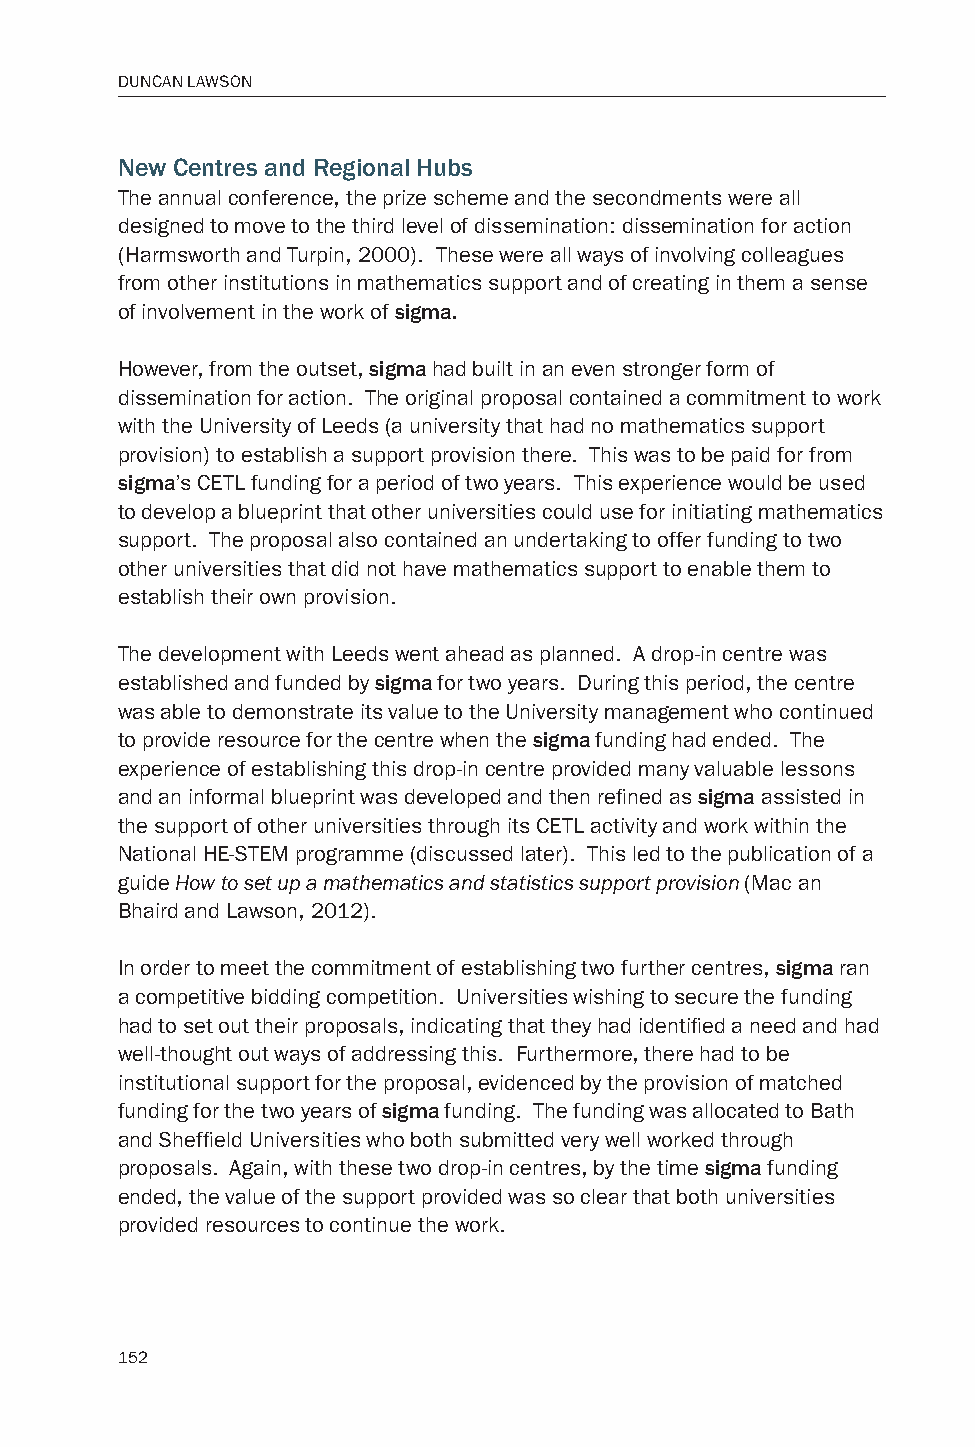
DUNCAN LAWSON
 New Centres and Regional Hubs
 The annual conference, the prize scheme and the secondments were all
 designed to move to the third level of dissemination: dissemination for action
 (Harmsworth and Turpin, 2000). These were all ways of involving colleagues
 from other institutions in mathematics support and of creating in them a sense
 of involvement in the work of sigma.
 However, from the outset, sigma had built in an even stronger form of
 dissemination for action. The original proposal contained a commitment to work
 with the University of Leeds (a university that had no mathematics support
 provision) to establish a support provision there. This was to be paid for from
 sigma’s CETL funding for a period of two years. This experience would be used
 to develop a blueprint that other universities could use for initiating mathematics
 support. The proposal also contained an undertaking to offer funding to two
 other universities that did not have mathematics support to enable them to
 establish their own provision.
 The development with Leeds went ahead as planned. A drop-in centre was
 established and funded by sigma for two years. During this period, the centre
 was able to demonstrate its value to the University management who continued
 to provide resource for the centre when the sigma funding had ended. The
 experience of establishing this drop-in centre provided many valuable lessons
 and an informal blueprint was developed and then refined as sigma assisted in
 the support of other universities through its CETL activity and work within the
 National HE-STEM programme (discussed later). This led to the publication of a
 guide How to set up a mathematics and statistics support provision (Mac an
 Bhaird and Lawson, 2012).
 In order to meet the commitment of establishing two further centres, sigma ran
 a competitive bidding competition. Universities wishing to secure the funding
 had to set out their proposals, indicating that they had identified a need and had
 well-thought out ways of addressing this. Furthermore, there had to be
 institutional support for the proposal, evidenced by the provision of matched
 funding for the two years of sigma funding. The funding was allocated to Bath
 and Sheffield Universities who both submitted very well worked through
 proposals. Again, with these two drop-in centres, by the time sigma funding
 ended, the value of the support provided was so clear that both universities
 provided resources to continue the work.
 152